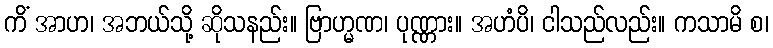
ကိံ အာဟ၊ အဘယ်သို့ ဆိုသနည်း။ ဗြာဟ္မဏ၊ ပုဏ္ဏား။ အဟံပိ၊ ငါသည်လည်း။ ကသာမိ စ၊